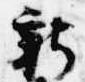
新